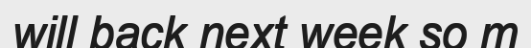
will back next week so m